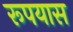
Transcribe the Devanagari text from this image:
रूपयास